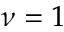
\nu = 1